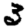
Digit: 3